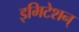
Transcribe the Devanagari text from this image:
इमिटेशन्